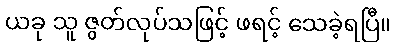
ယခု သူ ဇွတ်လုပ်သဖြင့် ဖရင့် သေခဲ့ရပြီ။